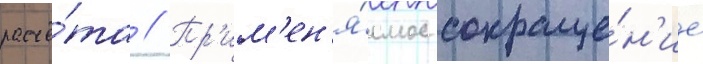
расчё́та // Пр'им'ен'я́емое сокраще́н'ие